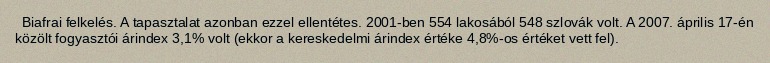
Biafrai felkelés. A tapasztalat azonban ezzel ellentétes. 2001-ben 554 lakosából 548 szlovák volt. A 2007. április 17-én közölt fogyasztói árindex 3,1% volt (ekkor a kereskedelmi árindex értéke 4,8%-os értéket vett fel).